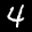
Label: 4